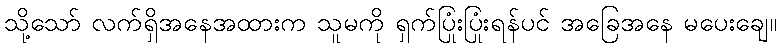
သို့သော် လက်ရှိအနေအထားက သူမကို ရှက်ပြုံးပြုံးရန်ပင် အခြေအနေ မပေးချေ။